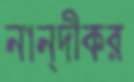
নান্দীকর